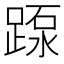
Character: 𨂽